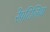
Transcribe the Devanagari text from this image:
रेपटिलिया